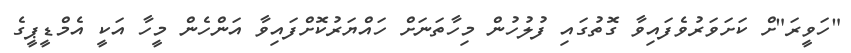
"ހަވީރަ"ށް ކަށަވަރުވެފައިވާ ގޮތުގައި ފުލުހުން މިހާތަނަށް ހައްޔަރުކޮށްފައިވާ އަންހެން މީހާ އަކީ އެމްޑީޕީގެ